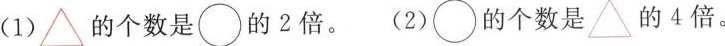
（1)\triangle的个数是\bigcirc的2倍。 （2）\bigcirc的个数是\triangle的4倍。